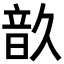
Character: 𩐗